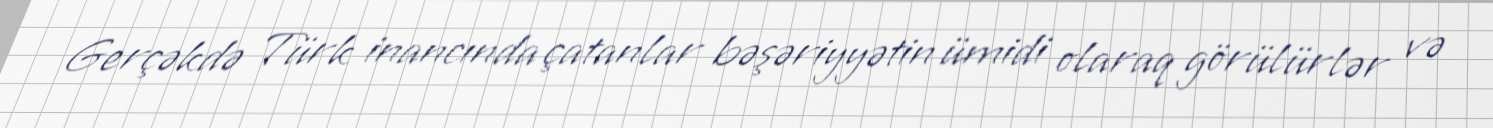
Gerçəkdə Türk inancında çatanlar bəşəriyyətin ümidi olaraq görülürlər və